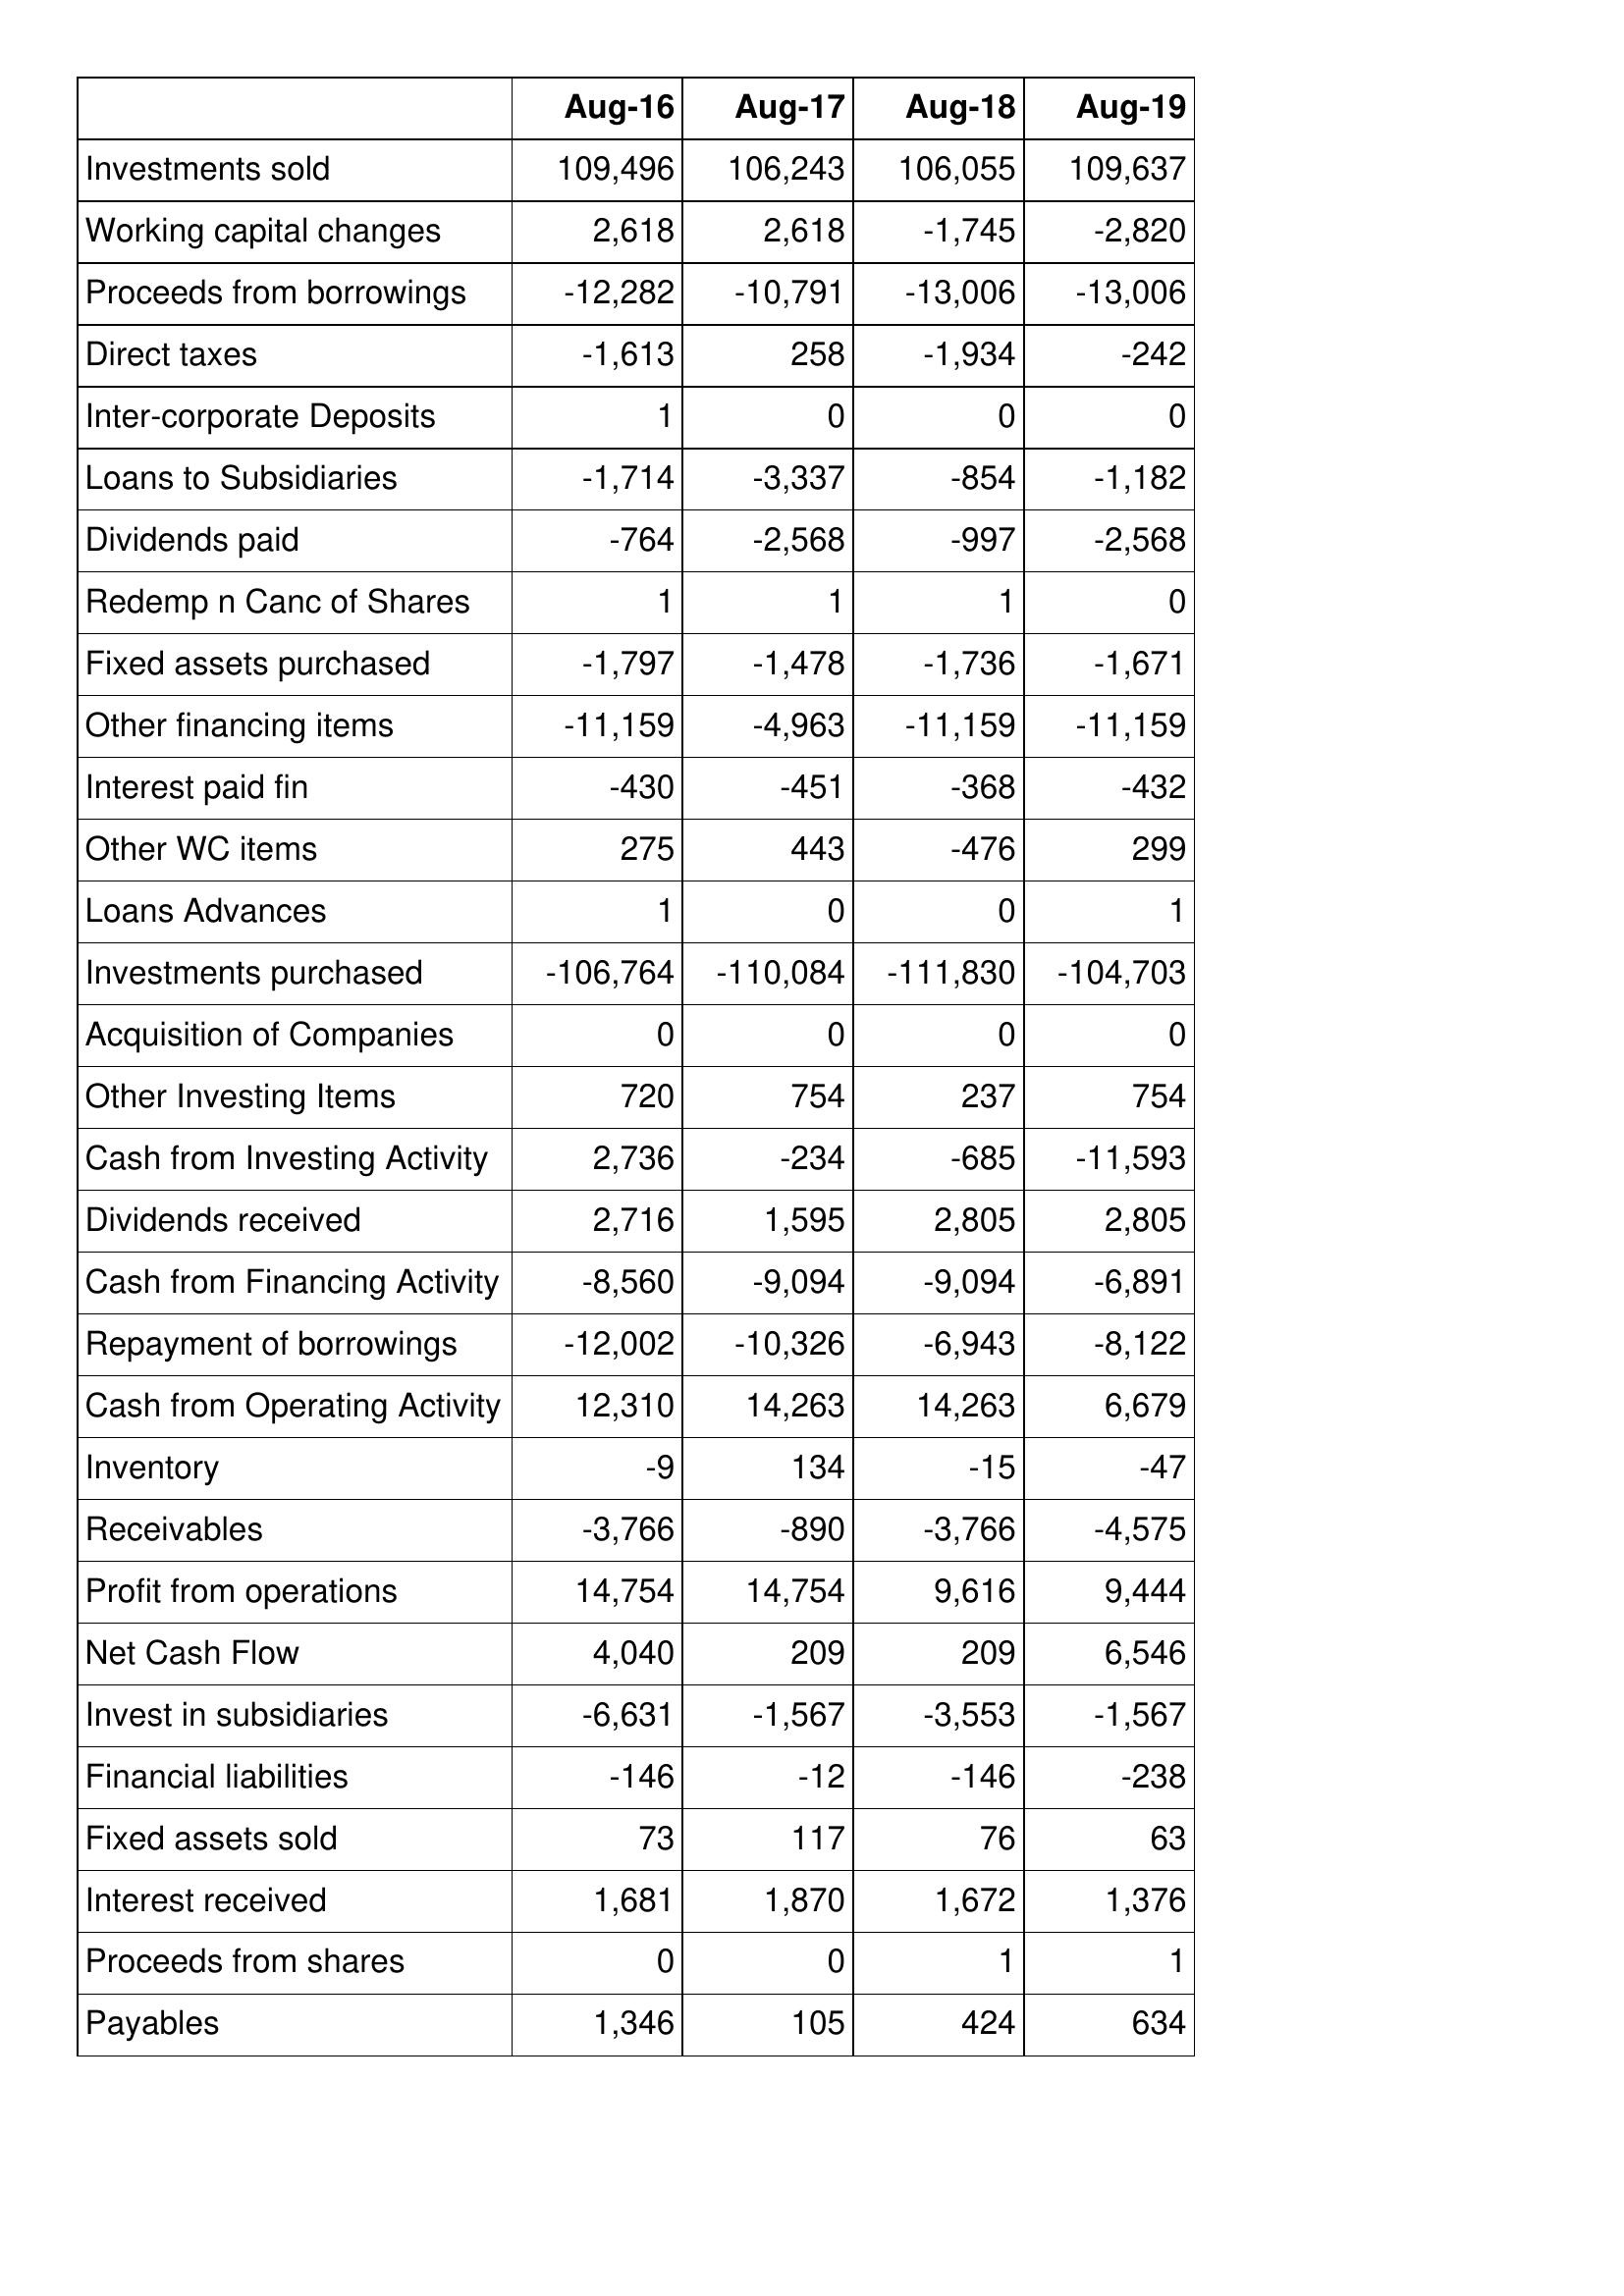
Aug-16: Cash Flows: Investments sold: 109,496
Working capital changes: 2,618
Proceeds from borrowings: -12,282
Direct taxes: -1,613
Inter-corporate Deposits: 1
Loans to Subsidiaries: -1,714
Dividends paid: -764
Redemp n Canc of Shares: 1
Fixed assets purchased: -1,797
Other financing items: -11,159
Interest paid fin: -430
Other WC items: 275
Loans Advances: 1
Investments purchased: -106,764
Acquisition of Companies: 0
Other Investing Items: 720
Cash from Investing Activity: 2,736
Dividends received: 2,716
Cash from Financing Activity: -8,560
Repayment of borrowings: -12,002
Cash from Operating Activity: 12,310
Inventory: -9
Receivables: -3,766
Profit from operations: 14,754
Net Cash Flow: 4,040
Invest in subsidiaries: -6,631
Financial liabilities: -146
Fixed assets sold: 73
Interest received: 1,681
Proceeds from shares: 0
Payables: 1,346
Aug-17: Cash Flows: Investments sold: 106,243
Working capital changes: 2,618
Proceeds from borrowings: -10,791
Direct taxes: 258
Inter-corporate Deposits: 0
Loans to Subsidiaries: -3,337
Dividends paid: -2,568
Redemp n Canc of Shares: 1
Fixed assets purchased: -1,478
Other financing items: -4,963
Interest paid fin: -451
Other WC items: 443
Loans Advances: 0
Investments purchased: -110,084
Acquisition of Companies: 0
Other Investing Items: 754
Cash from Investing Activity: -234
Dividends received: 1,595
Cash from Financing Activity: -9,094
Repayment of borrowings: -10,326
Cash from Operating Activity: 14,263
Inventory: 134
Receivables: -890
Profit from operations: 14,754
Net Cash Flow: 209
Invest in subsidiaries: -1,567
Financial liabilities: -12
Fixed assets sold: 117
Interest received: 1,870
Proceeds from shares: 0
Payables: 105
Aug-18: Cash Flows: Investments sold: 106,055
Working capital changes: -1,745
Proceeds from borrowings: -13,006
Direct taxes: -1,934
Inter-corporate Deposits: 0
Loans to Subsidiaries: -854
Dividends paid: -997
Redemp n Canc of Shares: 1
Fixed assets purchased: -1,736
Other financing items: -11,159
Interest paid fin: -368
Other WC items: -476
Loans Advances: 0
Investments purchased: -111,830
Acquisition of Companies: 0
Other Investing Items: 237
Cash from Investing Activity: -685
Dividends received: 2,805
Cash from Financing Activity: -9,094
Repayment of borrowings: -6,943
Cash from Operating Activity: 14,263
Inventory: -15
Receivables: -3,766
Profit from operations: 9,616
Net Cash Flow: 209
Invest in subsidiaries: -3,553
Financial liabilities: -146
Fixed assets sold: 76
Interest received: 1,672
Proceeds from shares: 1
Payables: 424
Aug-19: Cash Flows: Investments sold: 109,637
Working capital changes: -2,820
Proceeds from borrowings: -13,006
Direct taxes: -242
Inter-corporate Deposits: 0
Loans to Subsidiaries: -1,182
Dividends paid: -2,568
Redemp n Canc of Shares: 0
Fixed assets purchased: -1,671
Other financing items: -11,159
Interest paid fin: -432
Other WC items: 299
Loans Advances: 1
Investments purchased: -104,703
Acquisition of Companies: 0
Other Investing Items: 754
Cash from Investing Activity: -11,593
Dividends received: 2,805
Cash from Financing Activity: -6,891
Repayment of borrowings: -8,122
Cash from Operating Activity: 6,679
Inventory: -47
Receivables: -4,575
Profit from operations: 9,444
Net Cash Flow: 6,546
Invest in subsidiaries: -1,567
Financial liabilities: -238
Fixed assets sold: 63
Interest received: 1,376
Proceeds from shares: 1
Payables: 634